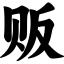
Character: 贩